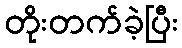
တိုးတက်ခဲ့ပြီး